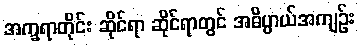
အက္ခရာတိုင်း ဆိုင်ရာ ဆိုင်ရာတွင် အဓိပ္ပာယ်အကျဉ်း